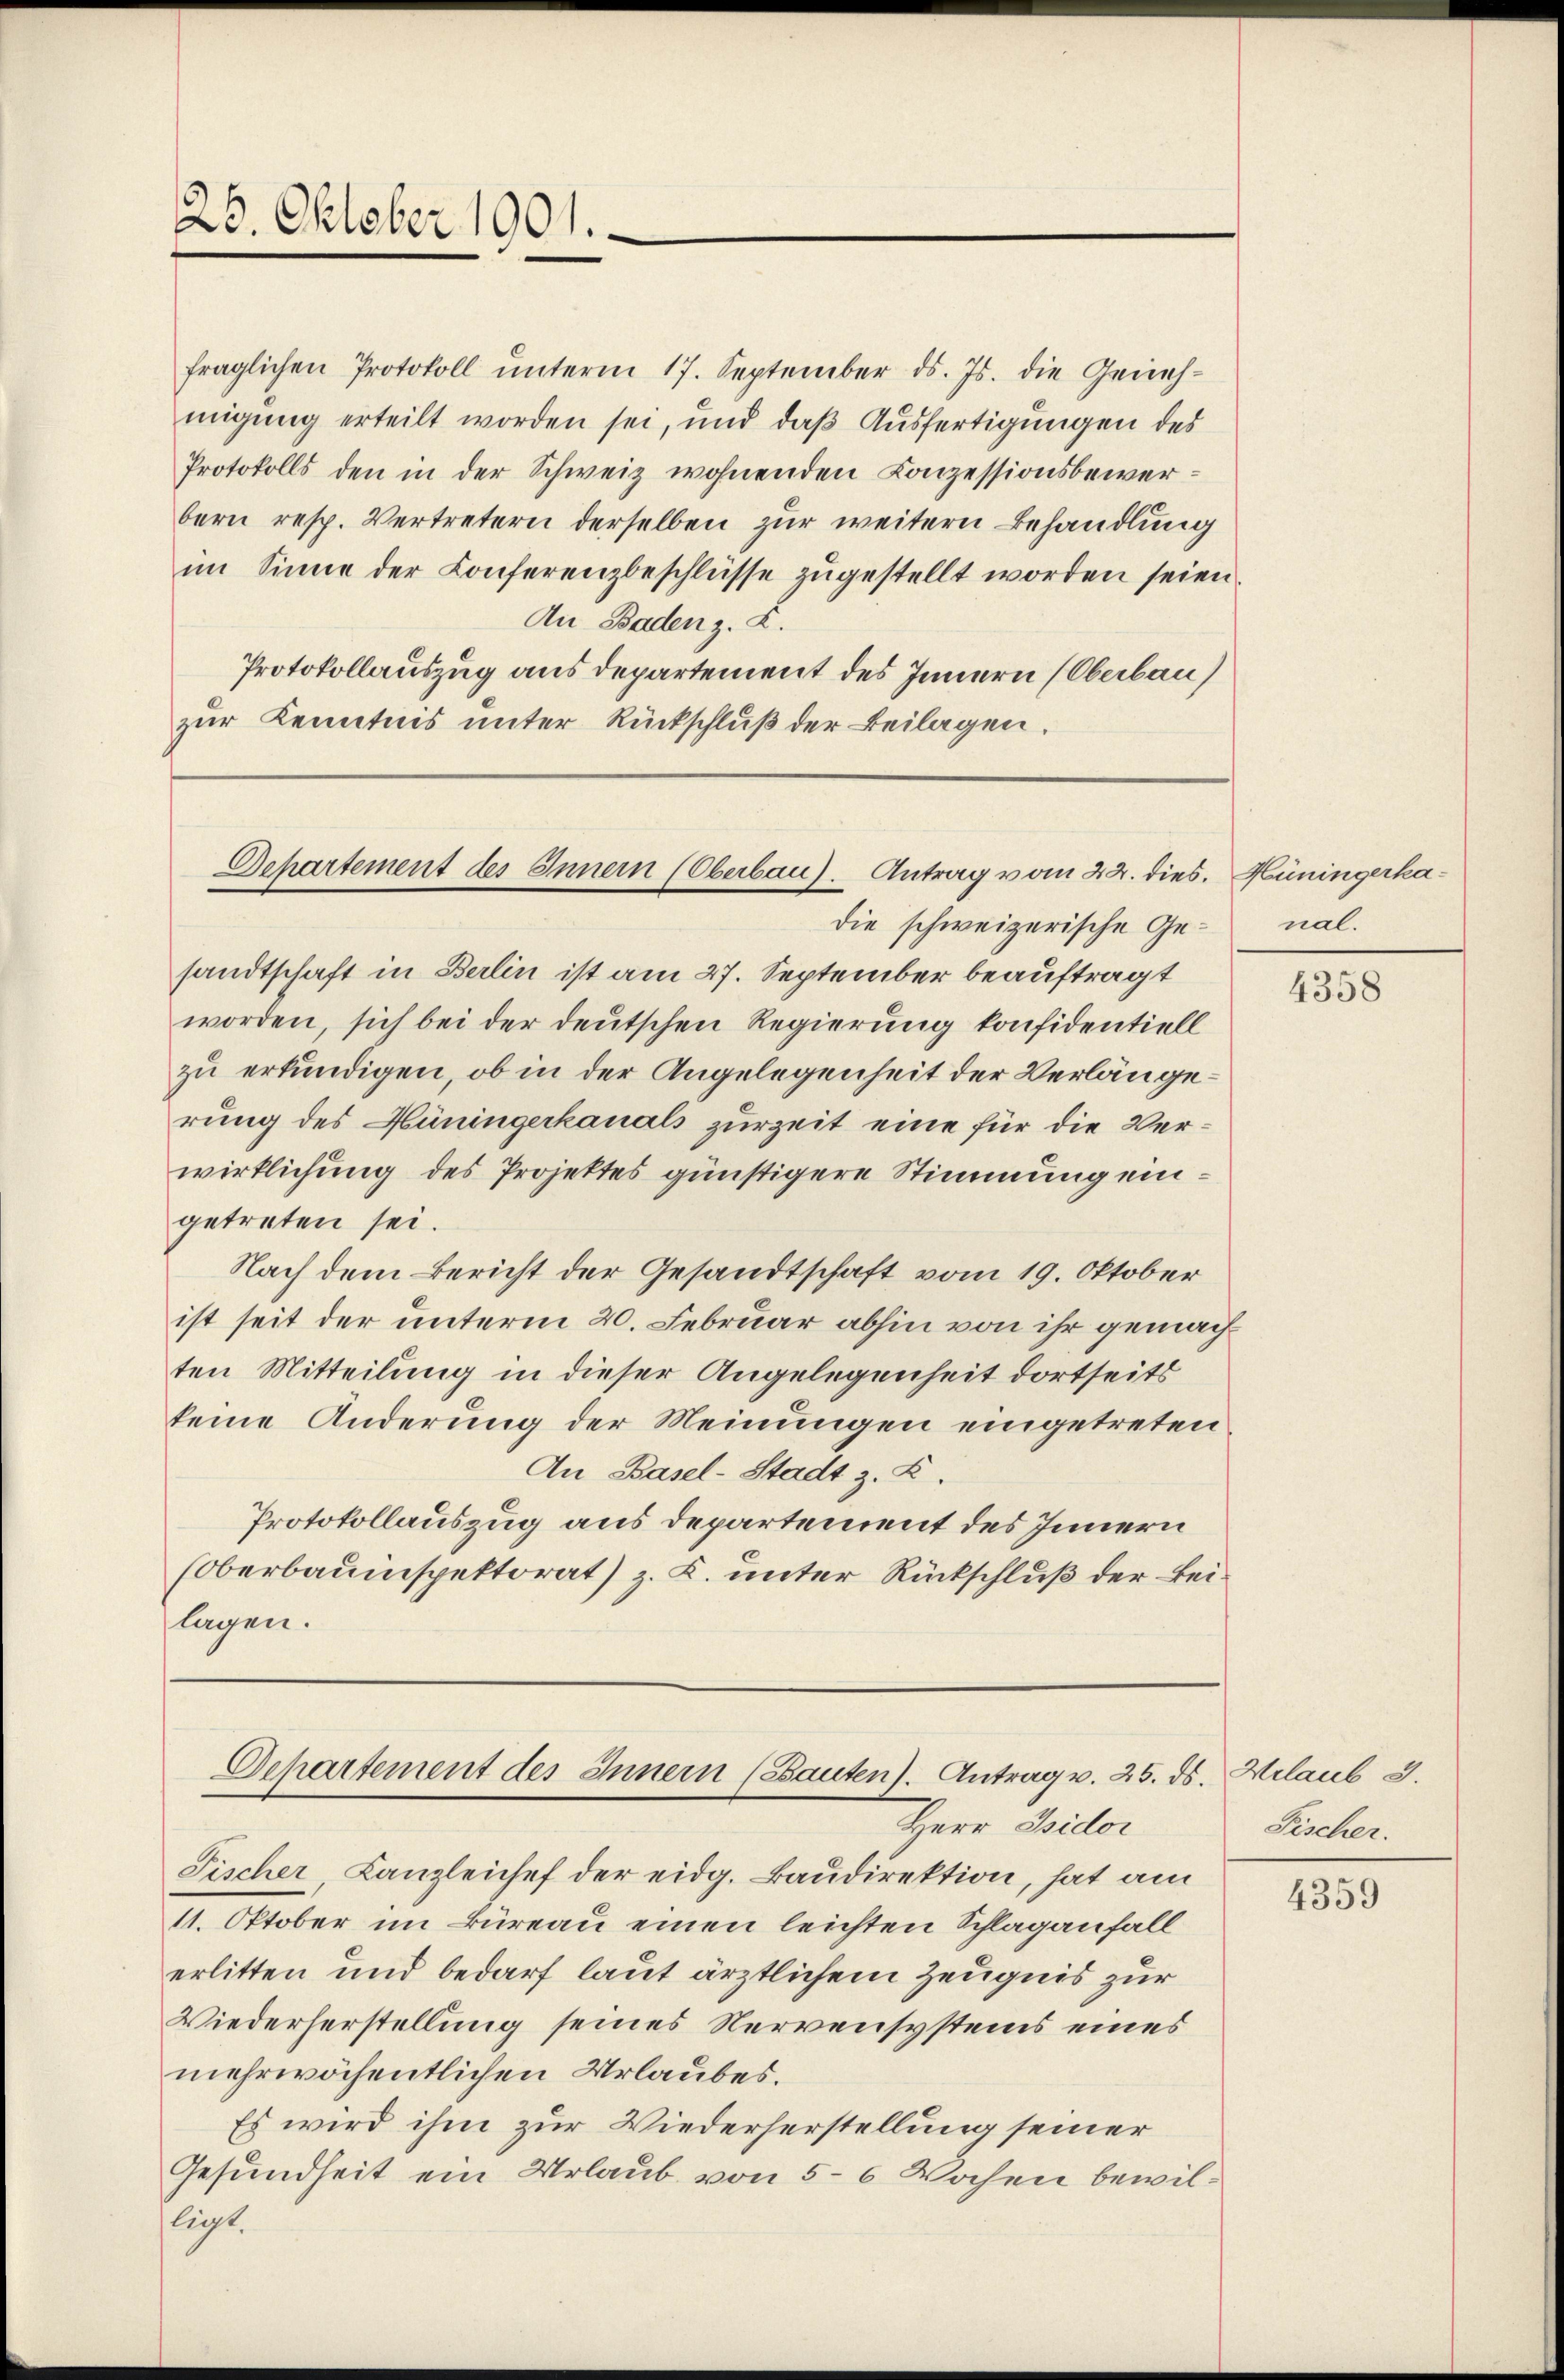
26. Oktober 1901.

fraglichen Protokoll ŭnterm 17. September d. Js. die Geneh-
migung erteilt worden sei, und daß Ausfertigungen des
Protokolls den in der Schweiz wohnenden Conzessionsbewerbern resp. Vertretern derselben zur weitern Behandlung
im Sinne der Konferenzbeschlüsse zugestellt worden seien.
An Baden z. Z.
Protokollauszug aus departement des Innern (Oberbau)
zur Kenntnis unter Rückschluß der Beilagen.

Departement des Innern (Oberbau). Antrag vom 22. dies.

sandtschaft in Berlin ist am 27. September beauftragt
worden, sich bei der deutschen Regierung konfidentiell
zu erkundigen, ob in der Angelegenheit der Verlängerung des Hüningerkanals zurzeit eine für die Verwirklichung des Projektes günstigere Stimmung eingetreten sei.
Nach dem Bericht der Gesandtschaft vom 19. Oktober
ist seit der unterm 20. Februar abhin von ihr gemachten Mitteilung in dieser Angelegenheit dortseits
keine Änderung der Meinungen eingetreten
An Basel-Stadt z. Z.
Protokollauszug aus departement des Innern
(Oberbauinspektorat) z. K. unter Rückschluß der Beilagen.

Departement des Innern (Bauten). Antrag v. 25. ds. Hilaub 3.
Herr Isidor

Fischer, Kanzleichef der eidg. Baudirektion, hat am
11. Oktober im Büreau einen leichten Schlaganfall
erlitten und bedarf laut ärztlichem Zeugnis zur
Wiederherstellung seines Nervensystems eines
mehrwöchentlichen Urlaubes.
Es wird ihm zur Wiederherstellung seiner
Gesundheit ein Urlaub von 5-6 Wochen bewilliegt.

die schweizerische Ge¬

Hüningerkanal.

4358

Fischer.

4359